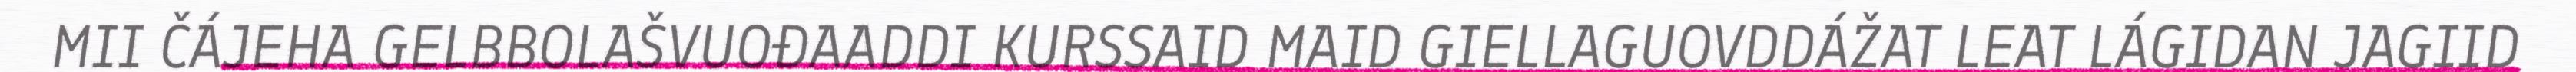
MII ČÁJEHA GELBBOLAŠVUOĐAADDI KURSSAID MAID GIELLAGUOVDDÁŽAT LEAT LÁGIDAN JAGIID